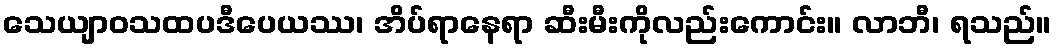
သေယျာဝသထပဒီပေယဿ၊ အိပ်ရာနေရာ ဆီးမီးကိုလည်းကောင်း။ လာဘီ၊ ရသည်။